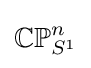
{\mathbb {CP} }_{S^{1}}^{n}